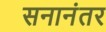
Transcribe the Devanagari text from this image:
सनानंतर